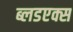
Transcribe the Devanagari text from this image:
ब्लडएक्स